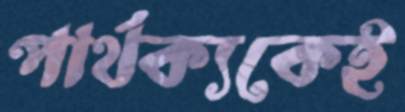
পার্থক্যকেই